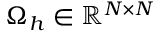
\Omega _ { h } \in \mathbb { R } ^ { N \times N }